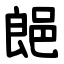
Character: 郒